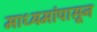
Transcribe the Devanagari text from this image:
माध्यमांपासून